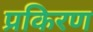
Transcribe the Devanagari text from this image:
प्रकिरण